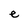
Character: e